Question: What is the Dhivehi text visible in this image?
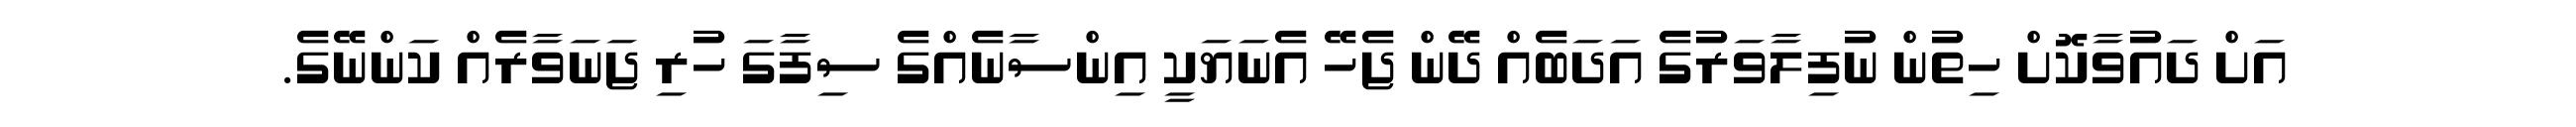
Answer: އަށް ދައުވާކޮށް ހިތުން ނުފިލާވަރުގެ އަދަބެއް ދޭން ޖެހޭ އެނަޔަކީ އިންސާނެއްގެ ސިފާގަ ހުރި ޖަނަވާރެއް ކަންނޭގެ.